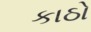
કાઠો